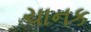
ચાનક